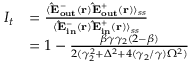
\begin{array} { r l } { I _ { t } } & { = \frac { \langle { \bf \hat { E } _ { o u t } ^ { - } ( { \bf r } ) } { \bf \hat { E } _ { o u t } ^ { + } ( { \bf r } ) } \rangle _ { s s } } { \langle { \bf \hat { E } _ { i n } ^ { - } ( { \bf r } ) } { \bf \hat { E } _ { i n } ^ { + } ( { \bf r } ) } \rangle _ { s s } } } \\ & { = 1 - \frac { \beta \gamma \gamma _ { 2 } ( 2 - \beta ) } { 2 ( \gamma _ { 2 } ^ { 2 } + \Delta ^ { 2 } + 4 ( \gamma _ { 2 } / \gamma ) \Omega ^ { 2 } ) } } \end{array}